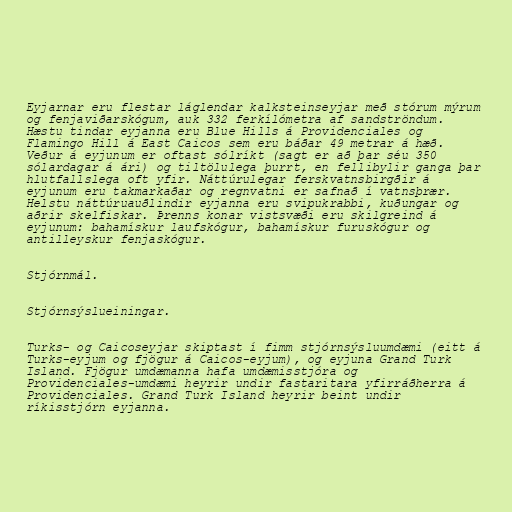
Eyjarnar eru flestar láglendar kalksteinseyjar með stórum mýrum
og fenjaviðarskógum, auk 332 ferkílómetra af sandströndum.
Hæstu tindar eyjanna eru Blue Hills á Providenciales og
Flamingo Hill á East Caicos sem eru báðar 49 metrar á hæð.
Veður á eyjunum er oftast sólríkt (sagt er að þar séu 350
sólardagar á ári) og tiltölulega þurrt, en fellibylir ganga þar
hlutfallslega oft yfir. Náttúrulegar ferskvatnsbirgðir á
eyjunum eru takmarkaðar og regnvatni er safnað í vatnsþrær.
Helstu náttúruauðlindir eyjanna eru svipukrabbi, kuðungar og
aðrir skelfiskar. Þrenns konar vistsvæði eru skilgreind á
eyjunum: bahamískur laufskógur, bahamískur furuskógur og
antilleyskur fenjaskógur.

Stjórnmál.

Stjórnsýslueiningar.

Turks- og Caicoseyjar skiptast í fimm stjórnsýsluumdæmi (eitt á
Turks-eyjum og fjögur á Caicos-eyjum), og eyjuna Grand Turk
Island. Fjögur umdæmanna hafa umdæmisstjóra og
Providenciales-umdæmi heyrir undir fastaritara yfirráðherra á
Providenciales. Grand Turk Island heyrir beint undir
ríkisstjórn eyjanna.